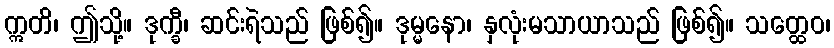
ဣတိ၊ ဤသို့။ ဒုက္ခီ၊ ဆင်းရဲသည် ဖြစ်၍။ ဒုမ္မနော၊ နှလုံးမသာယာသည် ဖြစ်၍။ သတ္ထေဝ၊